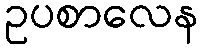
ဥပစာလေန